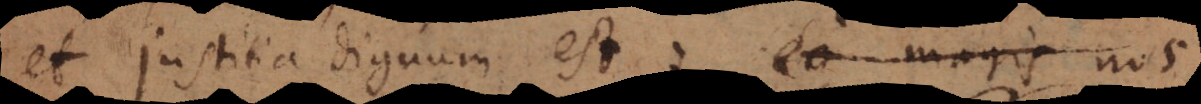
et justitia dignum est; eo magis nos